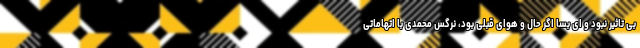
بی تاثیر نبود و ای بسا اگر حال و هوای قبلی بود، نرگس محمدی با اتهاماتی